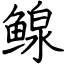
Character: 鳈